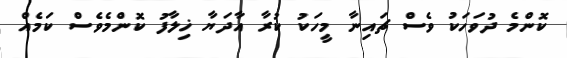
ކޮންމެ ދުވަހަކު ވެސް ޗައިނާ މީހަކު ކުރާ އާދަޔާ ޚިލާފު ކޮންމެވެސް ކަމެއް